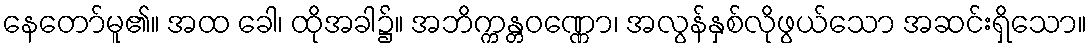
နေတော်မူ၏။ အထ ခေါ၊ ထိုအခါ၌။ အဘိက္ကန္တဝဏ္ဏော၊ အလွန်နှစ်လိုဖွယ်သော အဆင်းရှိသော။